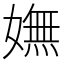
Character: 嫵